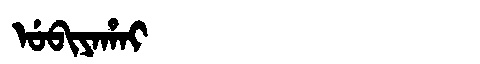
Manchu: ᡠᠪᡳᠶᠠᡥᠠᡳ
Romanization: UBIYAHAI